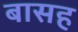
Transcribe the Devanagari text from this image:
बासह